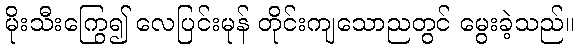
မိုးသီးကြွေ၍ လေပြင်းမုန် တိုင်းကျသောညတွင် မွေးခဲ့သည်။